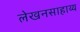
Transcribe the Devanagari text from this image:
लेखनसाहाय्य